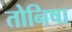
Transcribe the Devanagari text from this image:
तोनिषा